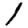
Digit: 1